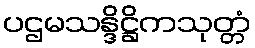
ပဌမသန္ဒိဋ္ဌိကသုတ္တံ